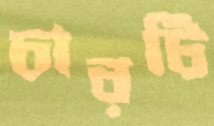
চারটি